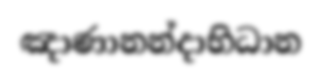
ඤාණානන්දාභිධාන